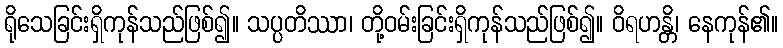
ရိုသေခြင်းရှိကုန်သည်ဖြစ်၍။ သပ္ပတိဿာ၊ တို့ဝမ်းခြင်းရှိကုန်သည်ဖြစ်၍။ ဝိရဟန္တိ၊ နေကုန်၏။